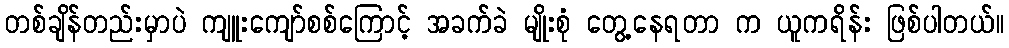
တစ်ချိန်တည်းမှာပဲ ကျူးကျော်စစ်ကြောင့် အခက်ခဲ မျိုးစုံ တွေ့နေရတာ က ယူကရိန်း ဖြစ်ပါတယ်။